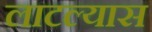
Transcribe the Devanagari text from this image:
लाटल्यास